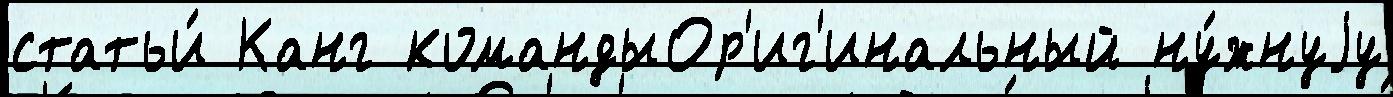
статьи́ Канг командыОр'иг'инальный ну́жнуjу